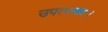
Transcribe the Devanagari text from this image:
उपत्यका।